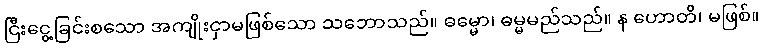
ငြီးငွေ့ခြင်းစသော အကျိုးငှာမဖြစ်သော သဘောသည်။ ဓမ္မော၊ ဓမ္မမည်သည်။ န ဟောတိ၊ မဖြစ်။